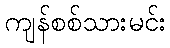
ကျန်စစ်သားမင်း